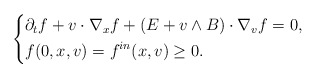
\begin{align*}\left\{\begin{aligned}& \partial_t f + v\cdot \nabla_x f + \left(E+v \wedge B\right) \cdot \nabla_{v} f= 0, \\& f(0,x,v)=f^{in}(x,v)\geq 0.\end{aligned}\right.\end{align*}